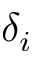
\delta _ { i }